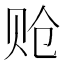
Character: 𬥳